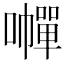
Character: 𡃐